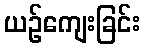
ယဉ်ကျေးခြင်း